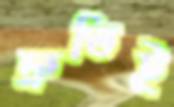
দ্রুতিই